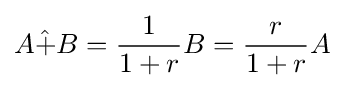
A{\hat {+}}B={\frac {1}{1+r}}B={\frac {r}{1+r}}A